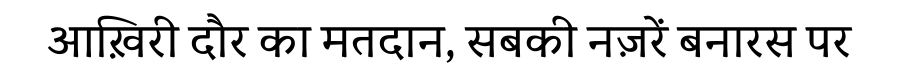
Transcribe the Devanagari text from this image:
आख़िरी दौर का मतदान, सबकी नज़रें बनारस पर